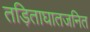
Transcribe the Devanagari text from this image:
तड़िताघातजनित